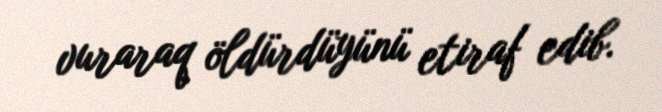
vuraraq öldürdüyünü etiraf edib.